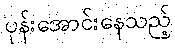
ပုန်းအောင်းနေသည့်